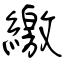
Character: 繳